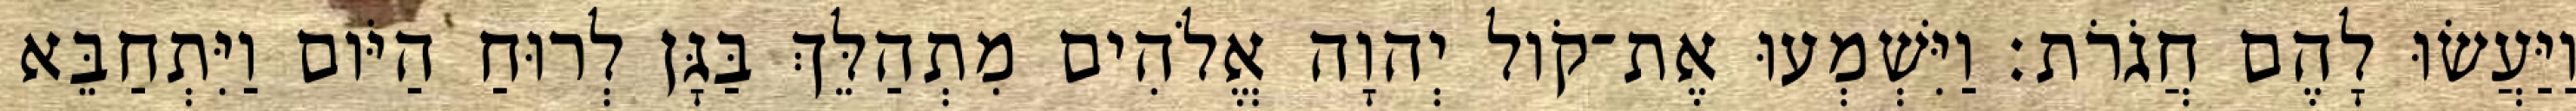
וַיַּעֲשׂוּ לָהֶם חֲגֹרֹת׃ וַיִּשְׁמְעוּ אֶת־קֹול יְהוָה אֱלֹהִים מִתְהַלֵּךְ בַּגָּן לְרוּחַ הַיֹּום וַיִּתְחַבֵּא